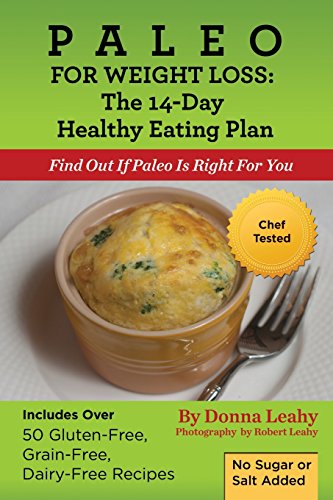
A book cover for Paleo For Weight Loss: The 14-Day Healthy Eating Plan: Find Out If Paleo Is Right For You; Donna Leahy; Cookbooks, Food & Wine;